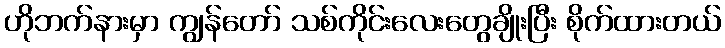
ဟိုဘက်နားမှာ ကျွန်တော် သစ်ကိုင်းလေးတွေချိုးပြီး စိုက်ထားတယ်